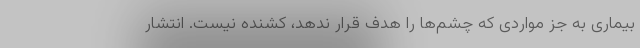
بیماری به جز مواردی که چشم‌ها را هدف قرار ندهد،‌ کشنده نیست. انتشار